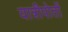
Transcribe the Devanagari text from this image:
यात्रीपोतों